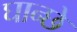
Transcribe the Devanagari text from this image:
घान्छे